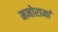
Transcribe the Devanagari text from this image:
मनोरामां